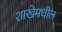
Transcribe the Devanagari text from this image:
शाखेमधील